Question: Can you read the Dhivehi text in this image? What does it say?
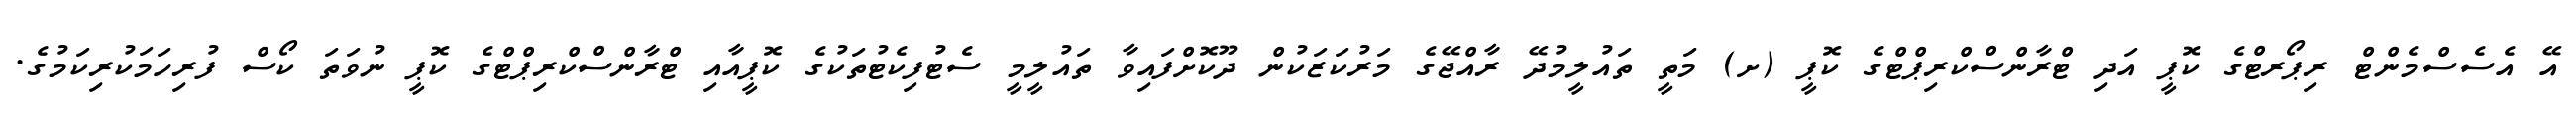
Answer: އޭ އެސެސްމެންޓް ރިޕޯރޓްގެ ކޮޕީ އަދި ޓްރާންސްކްރިޕްޓްގެ ކޮޕީ (ށ) މަތީ ތައުލީމުދޭ ރާއްޖޭގެ މަރުކަޒަކުން ދޫކޮށްފައިވާ ތައުލީމީ ސެޓުފިކެޓުތަކުގެ ކޮޕީއާއި ޓްރާންސްކްރިޕްޓްގެ ކޮޕީ ނުވަތަ ކޯސް ފުރިހަމަކުރިކަމުގެ.